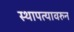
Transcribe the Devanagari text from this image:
स्थापत्यावरुन